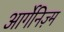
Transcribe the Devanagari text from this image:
आर्गेनिज़्म